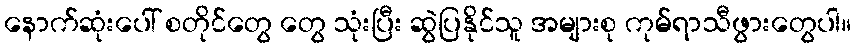
နောက်ဆုံးပေါ် စတိုင်တွေ တွေ သုံးပြီး ဆွဲပြနိုင်သူ အများစု ကုမ်ရာသီဖွားတွေပါ။